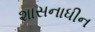
શાસનાધીન